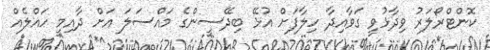
ކޮންޓްރޯލަރު ވިދާޅުވީ ގަވާއިދާ ހިލާފަށް އުޅޭ ބިދޭސީންގެ މައްސަލަ އަށް ދާއިމީ ހައްލެއް